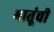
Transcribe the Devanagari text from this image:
भातूंची